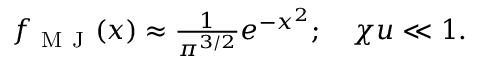
\begin{array} { r } { f _ { \mathrm { ~ M ~ J ~ } } ( x ) \approx \frac { 1 } { \pi ^ { 3 / 2 } } e ^ { - x ^ { 2 } } ; \quad \chi u \ll 1 . } \end{array}